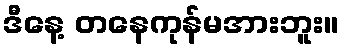
ဒီနေ့ တနေကုန်မအားဘူး။